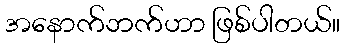
အနောက်ဘက်ဟာ ဖြစ်ပါတယ်။